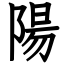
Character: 陽